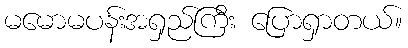
မမောမပန်းအရှည်ကြီး ပြောရှာတယ်။